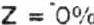
Z = 0%